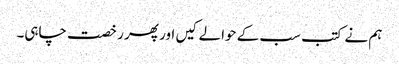
ہم نے کتب سب کے حوالے کیں اور پھر رخصت چاہی۔